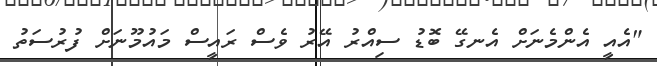
"އެއީ އެންމެނަށް އެނގޭ ބޮޑު ސިއްރު އޭރު ވެސް ރައީސް މައުމޫނަށް ފުރުސަތު